Lock hospitals Punjab
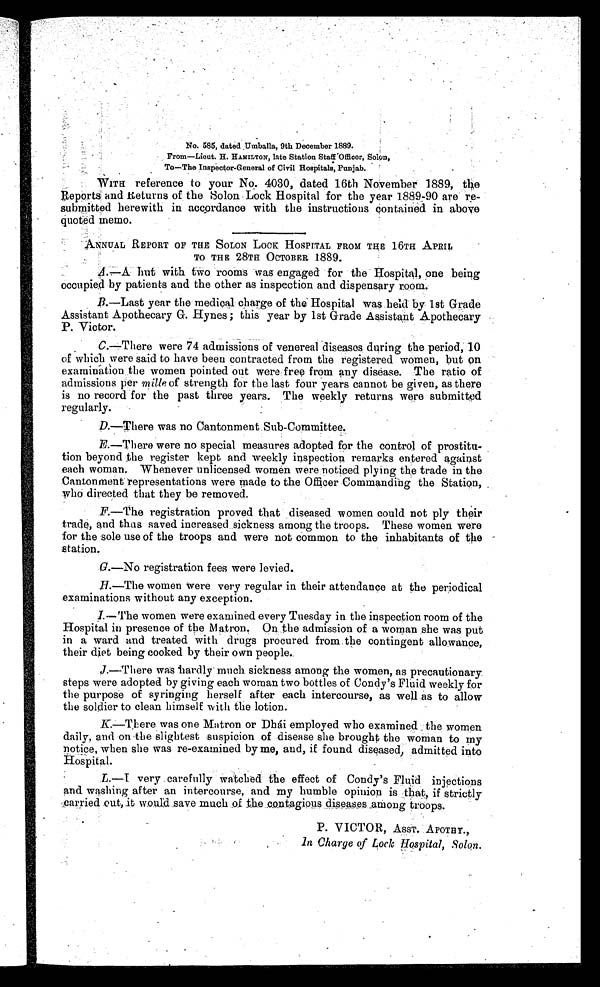
No. 585, dated Umballa, 9th December 1889.
From—Lieut. H. HAMILTON, late Station Staff Officer, Solon,
To—The Inspector-General of Civil Hospitals, Punjab.
WITH reference to your No. 4030, dated 16th November 1889, the
Reports and Returns of the Solon Lock Hospital for the year 1889-90 are re-
submitted herewith in accordance with the instructions Contained in above
quoted memo.
ANNUAL REPORT OF THE SOLON LOCK HOSPITAL FROM THE 16TH APRIL
TO THE 28TH OCTOBER 1889.
A.—A hut with two rooms was engaged for the Hospital, one being
occupied by patients and the other as inspection and dispensary room.
B.—Last year the medical charge of the Hospital was held by 1st Grade
Assistant Apothecary G. Hynes ; this year by 1st Grade Assistant Apothecary
P. Victor.
C.— There were 74 admissions of venereal diseases during the period, 10
of which were said to have been contracted from the registered women, but on
examination the women pointed out Were free from any disease. The ratio of
admissions per mille of strength for the last four years cannot be given, as there
is no record for the past three years. The weekly returns were submitted
regularly.
D . — T h e r e w a s n o C a n t o n m e n t S u b - C o m m i t t e e .
E.—There were no special measures adopted for the control of prostitu-
tion beyond the register kept and weekly inspection remarks entered against
each woman. Whenever unlicensed women were noticed plying the trade in the
Cantonment representations were Made to the Officer Commanding the Station,
who directed that they be removed.
F.—The registration proved that diseased women could not ply their
trade, and thus saved increased sickness among the troops. These women were
for the sole use of the troops and were not common to the inhabitants of the
station.
G.—No registration fees were levied.
H.—The women were very regular in their attendance at the periodical
examinations without any exception.
I.—The women were examined every Tuesday in the inspection room of the
Hospital in presence of the Matron. On the admission of a woman she was put
in a ward and treated with drugs procured from the contingent allowance,
their diet being cooked by their own people.
J.—There was hardly much sickness among the women, as precautionary
steps were adopted by giving each woman two bottles of Condy's Fluid weekly for
the purpose of syringing herself after each intercourse, as well as to allow
the soldier to clean himself with the lotion.
K.— There was one Matron or Dhái employed who examined the women
daily, and on the slightest suspicion of disease she brought the woman to my
notice, when she was re-examined by me, and, if found diseased, admitted into
Hospital.
L.— I very carefully watched the effect of Condy's Fluid injections
and washing after an intercourse, and my humble opinion is that, if strictly
carried out, it would save much of the contagious diseases among troops.
P. VICTOR, ASST. APOTHY.,
I n Charge of Lock Hospital, Solon.